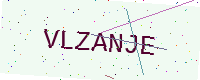
Text: VLZANJE